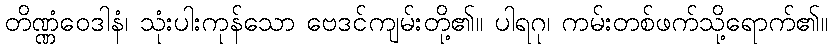
တိဏ္ဏံဝေဒါနံ၊ သုံးပါးကုန်သော ဗေဒင်ကျမ်းတို့၏။ ပါရဂု၊ ကမ်းတစ်ဖက်သို့ရောက်၏။